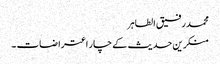
محمد رفیق الطاہر
منکرین حدیث کے چار اعتراضات ۔